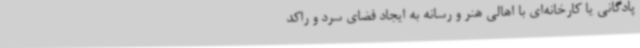
پادگانی یا کارخانه‌ای با اهالی هنر و رسانه به ایجاد فضای سرد و راکد